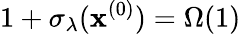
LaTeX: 1+\sigma_{\lambda}(\mathbf{x}^{(0)})=\Omega(1)